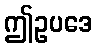
ဤဥပဒေ